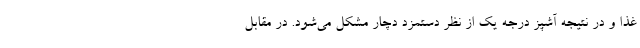
غذا و در نتیجه آشپز درجه یک از نظر دستمزد دچار مشکل می‌شود. در مقابل